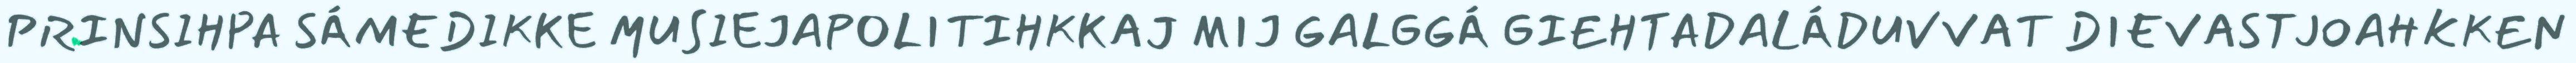
PRINSIHPA SÁMEDIKKE MUSIEJAPOLITIHKKAJ MIJ GALGGÁ GIEHTADALÁDUVVAT DIEVASTJOAHKKEN